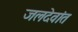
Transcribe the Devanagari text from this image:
जलदेवांत